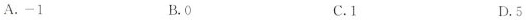
A.-1 B.0 C.1 D.5